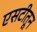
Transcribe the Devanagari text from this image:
एसटीतून